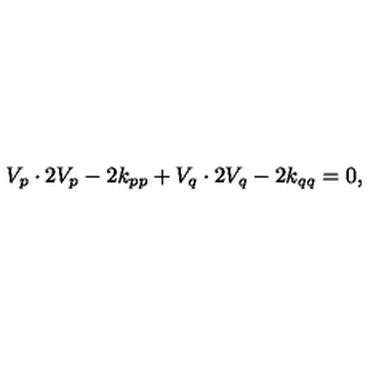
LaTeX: V _ { p } \cdot 2 V _ { p } - 2 k _ { p p } + V _ { q } \cdot 2 V _ { q } - 2 k _ { q q } = 0 ,